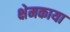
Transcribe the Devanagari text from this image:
क्षेमकाया